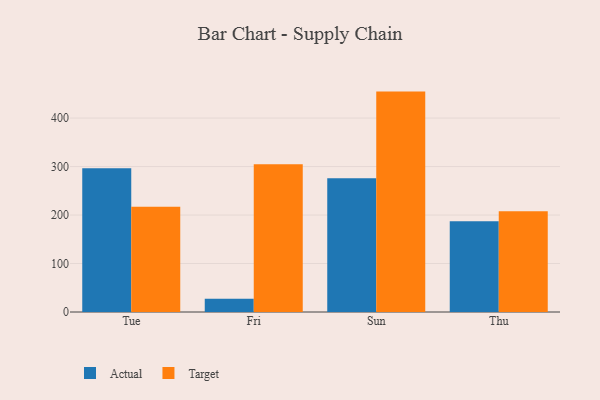
{"axis": {"x": "Day", "y": "Revenue (USD Million)"}, "legend": ["Actual", "Target"], "data": [{"x": "Tue", "y": 296.5, "type": "Actual"}, {"x": "Tue", "y": 217.3, "type": "Target"}, {"x": "Fri", "y": 27.5, "type": "Actual"}, {"x": "Fri", "y": 304.8, "type": "Target"}, {"x": "Sun", "y": 276.0, "type": "Actual"}, {"x": "Sun", "y": 454.6, "type": "Target"}, {"x": "Thu", "y": 187.1, "type": "Actual"}, {"x": "Thu", "y": 207.6, "type": "Target"}]}